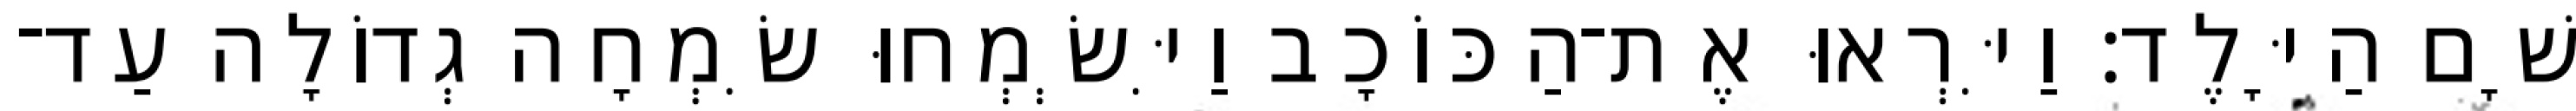
שָׁם הַיָּלֶד׃ וַיִּרְאוּ אֶת־הַכּוֹכָב וַיִּשְׂמְחוּ שִׂמְחָה גְדוֹלָה עַד־